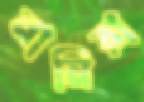
নানিরা